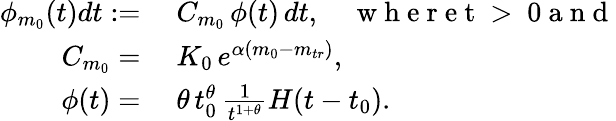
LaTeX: \begin{array}{rl}{\phi_{m_{0}}(t)dt:=}&{{}\; C_{m_{0}}\, \phi(t)\, dt,\quad\mathrm{~w~h~e~r~e~t~>~0~a~n~d~}}\\ {C_{m_{0}}=}&{{}\; K_{0}\, e^{\alpha(m_{0}-m_{tr})},}\\ {\phi(t)=}&{{}\; \theta\, t_{0}^{\theta}\, \frac{1}{t^{1+\theta}}H(t-t_{0}).}\end{array}